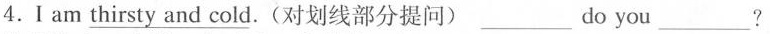
4.Iam thirsty_ and cold.(对划线部分提问)___do you___?